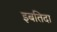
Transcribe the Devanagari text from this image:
इबतिदा